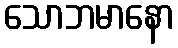
သောဘမာနော